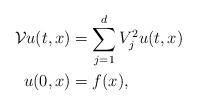
LaTeX: \begin{align*}\mathcal{V} u(t,x)&= \sum_{j=1}^d V_j^2 u(t,x) \\u(0,x)&=f (x), \end{align*}